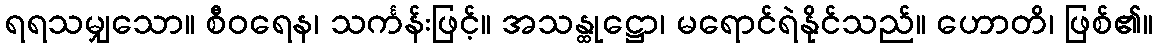
ရရသမျှသော။ စီဝရေန၊ သင်္ကန်းဖြင့်။ အသန္ထုဋ္ဌော၊ မရောင်ရဲနိုင်သည်။ ဟောတိ၊ ဖြစ်၏။